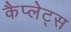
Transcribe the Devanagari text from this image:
कैप्लेट्स